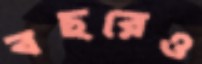
বছরেও